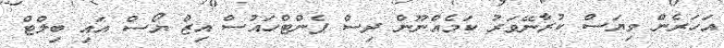
އަހަރެން ވިޔަސް ކުރާނޭވަރު ކަމެއްނޫން ދިސް ޕެންޓްހައުސް އިޒް ޔޯސް އައި ބިލްޓް